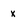
Character: X